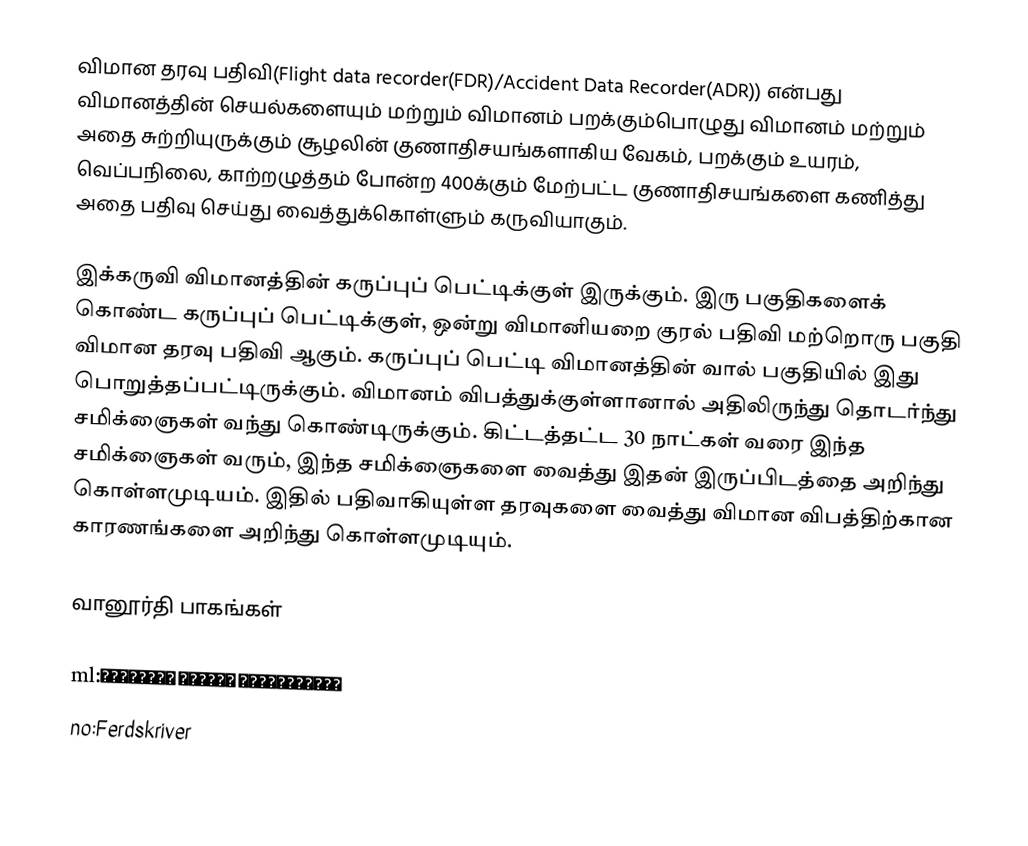
விமான தரவு பதிவி(Flight data recorder(FDR)/Accident Data Recorder(ADR)) என்பது விமானத்தின் செயல்களையும் மற்றும் விமானம் பறக்கும்பொழுது விமானம் மற்றும் அதை சுற்றியுருக்கும் சூழலின் குணாதிசயங்களாகிய வேகம், பறக்கும் உயரம், வெப்பநிலை, காற்றழுத்தம் போன்ற 400க்கும் மேற்பட்ட குணாதிசயங்களை கணித்து அதை பதிவு செய்து வைத்துக்கொள்ளும் கருவியாகும்.

இக்கருவி விமானத்தின் கருப்புப் பெட்டிக்குள் இருக்கும். இரு பகுதிகளைக் கொண்ட கருப்புப் பெட்டிக்குள், ஒன்று விமானியறை குரல் பதிவி மற்றொரு பகுதி விமான தரவு பதிவி ஆகும். கருப்புப் பெட்டி விமானத்தின் வால் பகுதியில் இது பொறுத்தப்பட்டிருக்கும். விமானம் விபத்துக்குள்ளானால் அதிலிருந்து தொடர்ந்து சமிக்ஞைகள் வந்து கொண்டிருக்கும். கிட்டத்தட்ட 30 நாட்கள் வரை இந்த சமிக்ஞைகள் வரும், இந்த சமிக்ஞைகளை வைத்து இதன் இருப்பிடத்தை அறிந்து கொள்ளமுடியம். இதில் பதிவாகியுள்ள தரவுகளை வைத்து விமான விபத்திற்கான காரணங்களை அறிந்து கொள்ளமுடியும்.

வானூர்தி பாகங்கள்

ml:ഫ്ലൈറ്റ് ഡാറ്റാ റെക്കോര്ഡര്
no:Ferdskriver